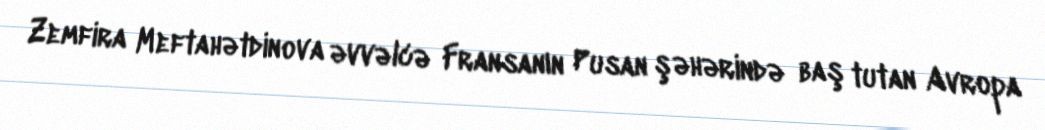
Zemfira Meftahətdinova əvvəlcə Fransanın Pusan şəhərində baş tutan Avropa